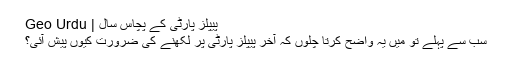
پیپلز پارٹی کے پچاس سال | Geo Urdu
سب سے پہلے تو میں یہ واضح کرتا چلوں کہ آخر پیپلز پارٹی پر لکھنے کی ضرورت کیوں پیش آئی؟